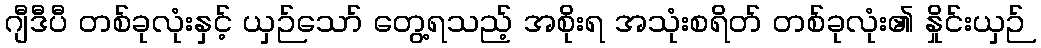
ဂျီဒီပီ တစ်ခုလုံးနှင့် ယှဉ်သော် တွေ့ရသည့် အစိုးရ အသုံးစရိတ် တစ်ခုလုံး၏ နှိုင်းယှဉ်